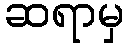
ဆရာမှ